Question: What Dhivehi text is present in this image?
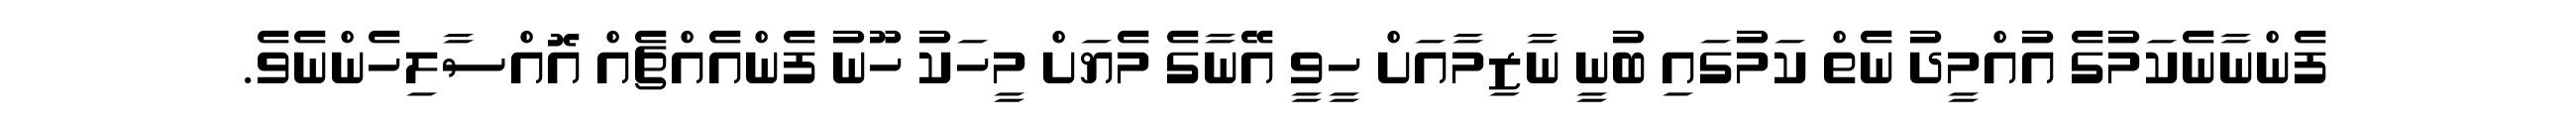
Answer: ފެންނާނެކަމުގެ އުއްމީދު ނެތް ކަމުގައި ބުނީ ނާޒިމާއަށް ހީވީ އޭނާގެ މެޔަށް މީހަކު ހޫނު ފެންއެއްޗެއް އޮއްސާލިހެންނެވެ.